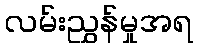
လမ်းညွှန်မှုအရ